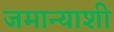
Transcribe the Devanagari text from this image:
जमान्याशी